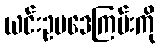
ယင်းဥပဒေကြမ်းကို